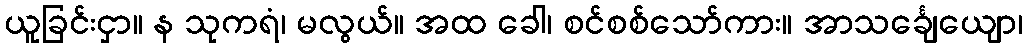
ယူခြင်းငှာ။ န သုကရံ၊ မလွယ်။ အထ ခေါ၊ စင်စစ်သော်ကား။ အာသင်္ချေယျော၊